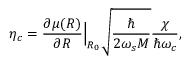
\eta _ { c } = \frac { \partial \mu ( R ) } { \partial R } \Bigr | _ { R _ { 0 } } \sqrt { \frac { \hbar } { 2 \omega _ { s } M } } \frac { \chi } { \hbar \omega _ { c } } ,